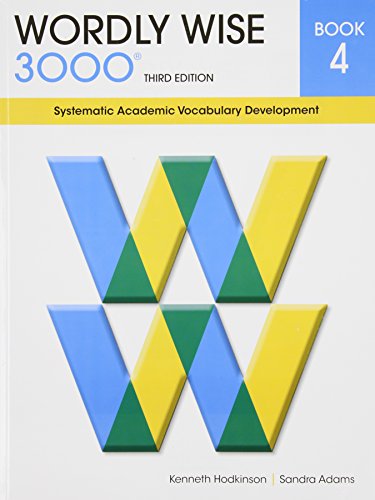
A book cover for Wordly Wise 3000 Book 4: Systematic Academic Vocabulary Development; Kenneth Hodkinson; Children's Books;